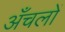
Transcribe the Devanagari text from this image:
अँचलों